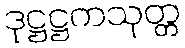
ဒုဋ္ဌဋ္ဌကသုတ္တ